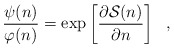
\begin{align*}\frac{\psi(n)}{\varphi(n)}=\exp\left [\frac{\partial {\cal S}(n)}{\partial n} \right ] \ \ ,\end{align*}